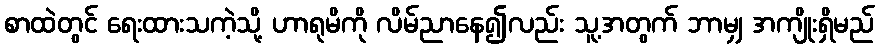
စာထဲတွင် ရေးထားသကဲ့သို့ ဟာရုမိကို လိမ်ညာနေ၍လည်း သူ့အတွက် ဘာမျှ အကျိုးရှိမည်